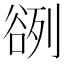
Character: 𰶓